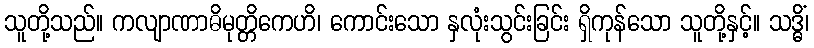
သူတို့သည်။ ကလျာဏာဓိမုတ္တိကေဟိ၊ ကောင်းသော နှလုံးသွင်းခြင်း ရှိကုန်သော သူတို့နှင့်။ သဒ္ဓိံ၊